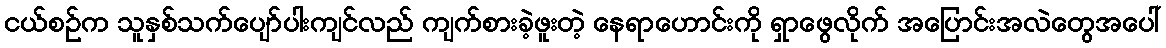
ငယ်စဉ်က သူနှစ်သက်ပျော်ပါးကျင်လည် ကျက်စားခဲ့ဖူးတဲ့ နေရာဟောင်းကို ရှာဖွေလိုက် အပြောင်းအလဲတွေအပေါ်